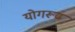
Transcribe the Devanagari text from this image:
योगरूढ